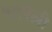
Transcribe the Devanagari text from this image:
भारेली